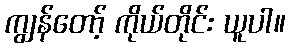
ကျွန်တော့် ကိုယ်တိုင်း ယူပါ။